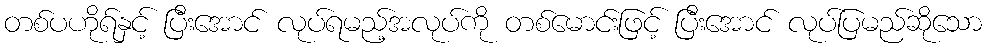
တစ်ပဟိုရ်နှင့် ပြီးအောင် လုပ်ရမည့်အလုပ်ကို တစ်မောင်းဖြင့် ပြီးအောင် လုပ်ပြမည်ဆိုသော